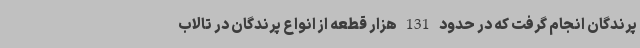
پرندگان انجام گرفت که در حدود 131 هزار قطعه از انواع پرندگان در تالاب